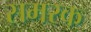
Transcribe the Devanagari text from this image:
समरक